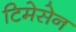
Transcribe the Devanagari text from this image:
टिमेसेन